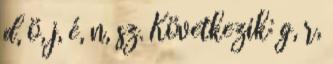
d, ö, j, é, n, sz. Következik: g, r,